Indian journal of veterinary science and animal husbandry - Volume 9,
Year: 1939
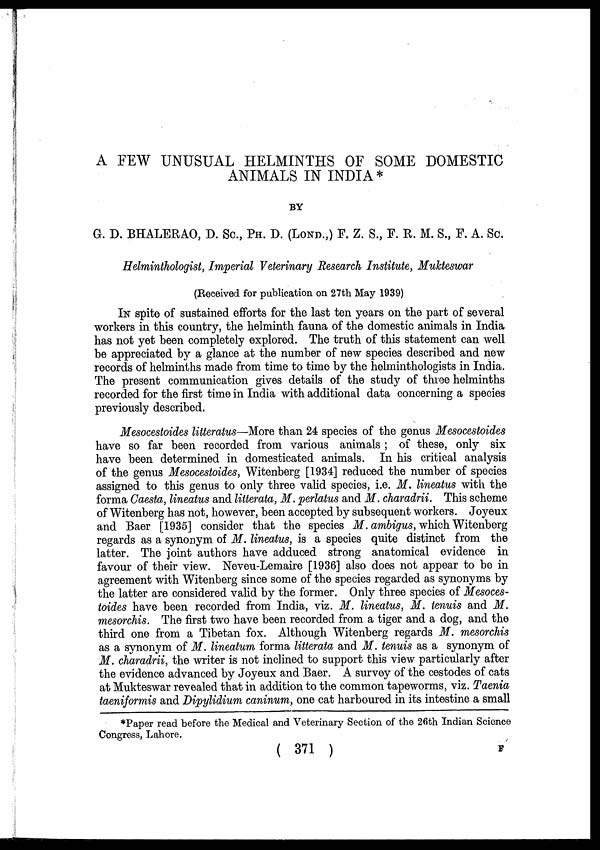
A FEW UNUSUAL HELMINTHS OF SOME DOMESTIC
ANIMALS IN INDIA*
BY
G. D. BHALERAO, D. Sc., PH. D. (LOND.,) F. Z. S., F. R. M. S., F. A. Sc.
Helminthologist, Imperial Veterinary Research Institute, Mukteswar
(Received for publication on 27th May 1939)
IN spite of sustained efforts for the last ten years on the part of several
workers in this country, the helminth fauna of the domestic animals in India
has not yet been completely explored. The truth of this statement can well
be appreciated by a glance at the number of new species described and new
records of helminths made from time to time by the helminthologists in India.
The present communication gives details of the study of three helminths
recorded for the first time in India with additional data concerning a species
previously described.
Mesocestoides litteratus—More than 24 species of the genus Mesocestoides
have so far been recorded from various animals ; of these, only six
have been determined in domesticated animals. In his critical analysis
of the genus Mesocestoides, Witenberg [1934] reduced the number of species
assigned to this genus to only three valid species, i.e. M. lineatus with the
forma Caesta, lineatus and litterata, M. perlatus and M. charadrii. This scheme
of Witenberg has not, however, been accepted by subsequent workers. Joyeux
and Baer [1935] consider that the species M. ambigus, which Witenberg
regards as a synonym of M. lineatus, is a species quite distinct from the
latter. The joint authors have adduced strong anatomical evidence in
favour of their view. Neveu-Lemaire [1936] also does not appear to be in
agreement with Witenberg since some of the species regarded as synonyms by
the latter are considered valid by the former. Only three species of Mesoces-
toides have been recorded from India, viz. M. lineatus, M. tenuis and M.
mesorchis. The first two have been recorded from a tiger and a dog, and the
third one from a Tibetan fox. Although Witenberg regards M. mesorchis
as a synonym of M. lineatum forma litterata and M. tenuis as a synonym of
M. charadrii, the writer is not inclined to support this view particularly after
the evidence advanced by Joyeux and Baer. A survey of the cestodes of cats
at Mukteswar revealed that in addition to the common tapeworms, viz. Taenia
taeniformis and Dipylidium caninum, one cat harboured in its intestine a small
*Paper read before the Medical and Veterinary Section of the 26th Indian Science
Congress, Lahore.
( 371 )
F